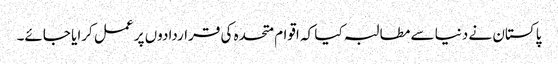
پاکستان نے دنیا سے مطالبہ کیا کہ اقوام متحدہ کی قراردادوں پر عمل کرایا جائے۔